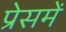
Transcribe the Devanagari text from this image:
प्रेसमें